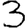
Digit: 3